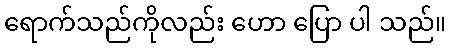
ရောက်သည်ကိုလည်း ဟော ပြော ပါ သည်။